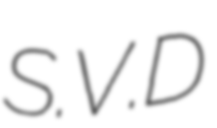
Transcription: S.V.D